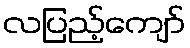
လပြည့်ကျော်